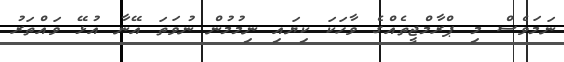
ނަމަވެސް މި ޕްރާމްޖީތެއްގެ ވާހަކަ ކިޔައި ނިމުމުން ނުވަތަ އޭނާ އުޅޭ ވައްތަރު